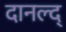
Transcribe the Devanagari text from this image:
दानल्द्